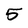
Character: 5